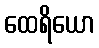
ထေရိယော